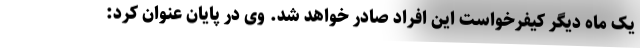
یک ماه دیگر کیفرخواست این افراد صادر خواهد شد. وی در پایان عنوان کرد:‌